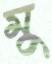
মু